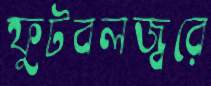
ফুটবলজ্বরে